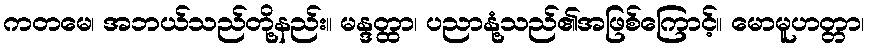
ကတမေ၊ အဘယ်သည်တို့နည်း။ မန္ဒတ္ထာ၊ ပညာနုံ့သည်၏အဖြစ်ကြောင့်။ မောမူဟတ္တာ၊